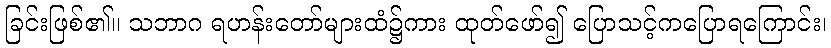
ခြင်းဖြစ်၏။ သဘာဂ ရဟန်းတော်များထံ၌ကား ထုတ်ဖော်၍ ပြောသင့်ကပြောရကြောင်း၊